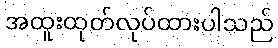
အထူးထုတ်လုပ်ထားပါသည်